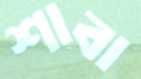
শাবা